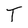
Character: T